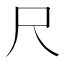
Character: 尺